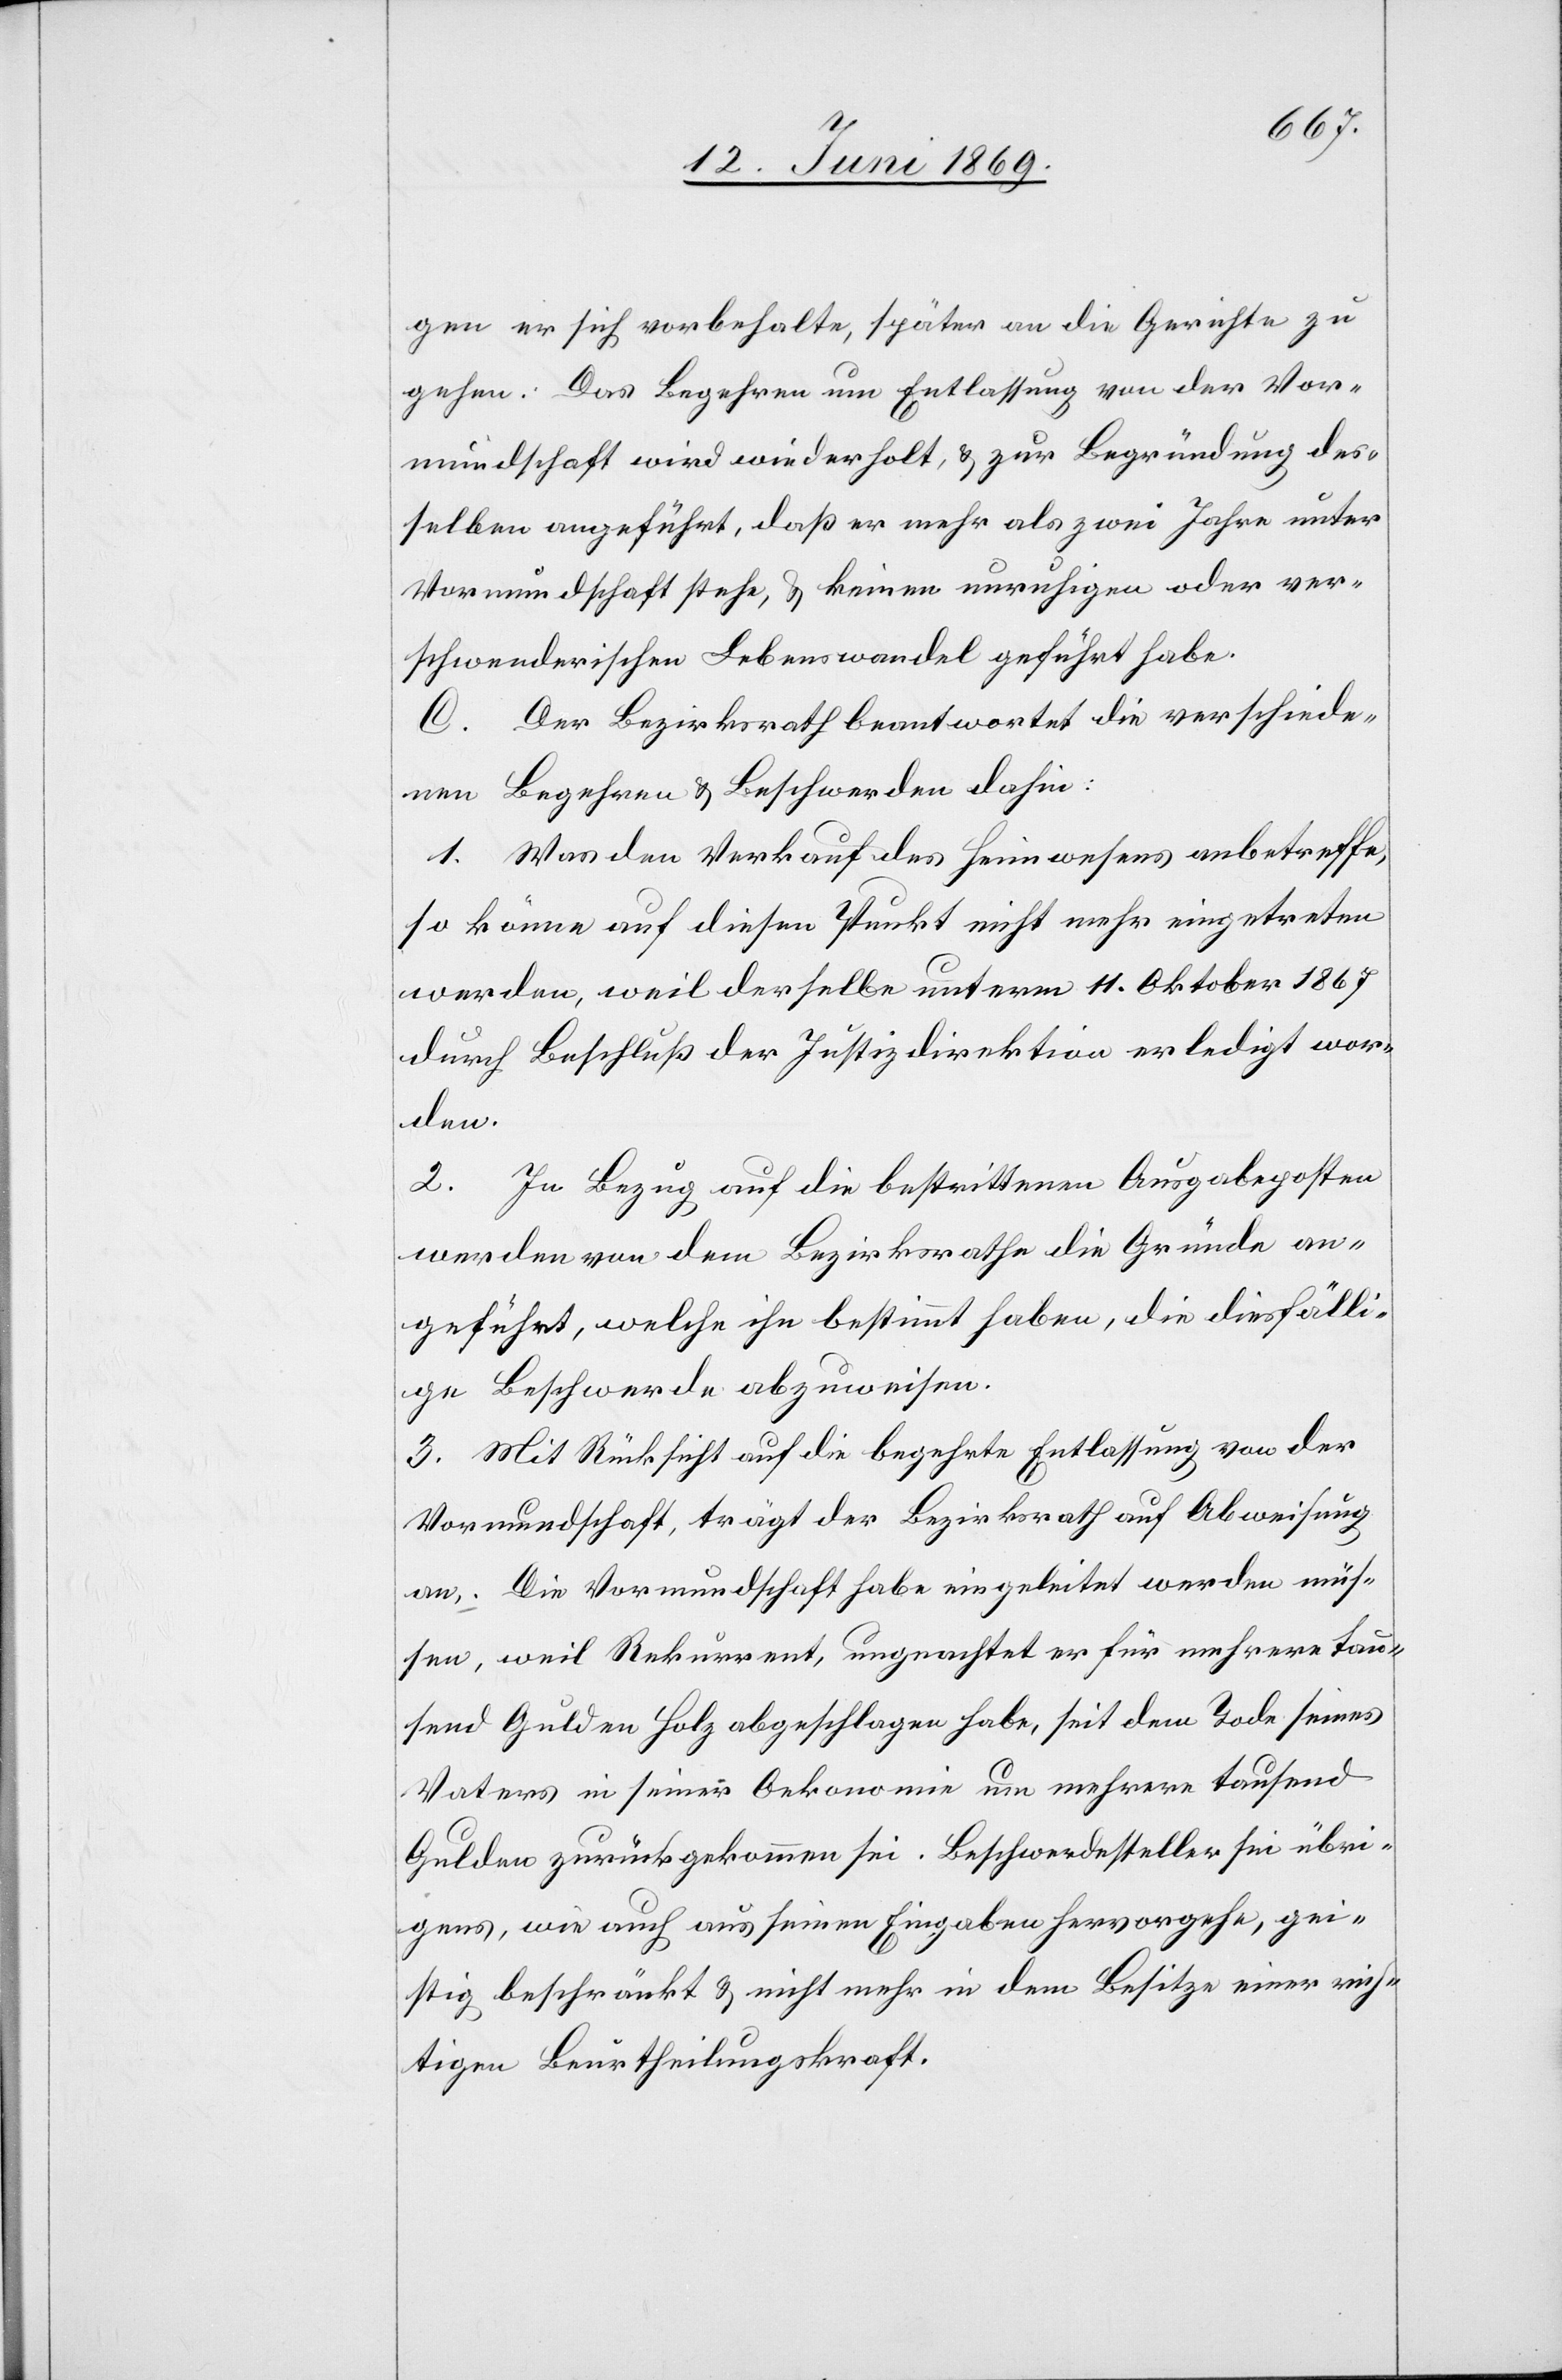
gen er sich vorbehalte, später an die Gerichte zu
gehen: Das Begehren um Entlassung von der Vor¬
mundschaft wird wiederholt, u. zur Begründung des¬
selben angeführt, daß er mehr als zwei Jahre unter
Vormundschaft stehe, u. keinen unruhigen oder ver¬
schwenderischen Lebenswandel geführt habe.
C. Der Bezirksrath beantwortet die verschiede¬
nen Begehren u. Beschwerden dahin:
1. Was den Verkauf des Heimwesens anbetreffe,
so könne auf diesen Punkt nicht mehr eingetreten
werden, weil derselbe unterm 11 Oktober 1867
durch Beschluß der Justizdirektion erledigt wor¬
den.
2. In Bezug auf die bestrittenen Ausgabeposten
werden von dem Bezirksrathe die Gründe an¬
geführt, welche ihn bestimmt haben, die diesfälli¬
ge Beschwerde abzuweisen.
3. Mit Rücksicht auf die begehrte Entlassung von der
Vormundschaft, trägt der Bezirksrath auf Abweisung
an. Die Vormundschaft habe eingeleitet werden müs¬
sen, weil Rekurrent, ungeachtet er für mehrere tau¬
send Gulden Holz abgeschlagen habe, seit dem Tode seines
Vaters in seiner Oekonomie um mehrere tausend
Gulden zurückgekommen sei. Beschwerdesteller sei übri¬
gens, wie auch aus seinen Eingaben hervorgehe, gei¬
stig beschränkt u. nicht mehr in dem Besitze einer rich¬
tigen Beurtheilungskraft.